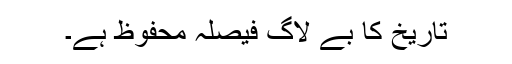
تاریخ کا بے لاگ فیصلہ محفوظ ہے۔